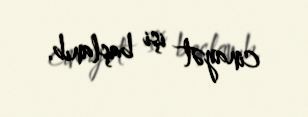
cinayət işi başlanıb.